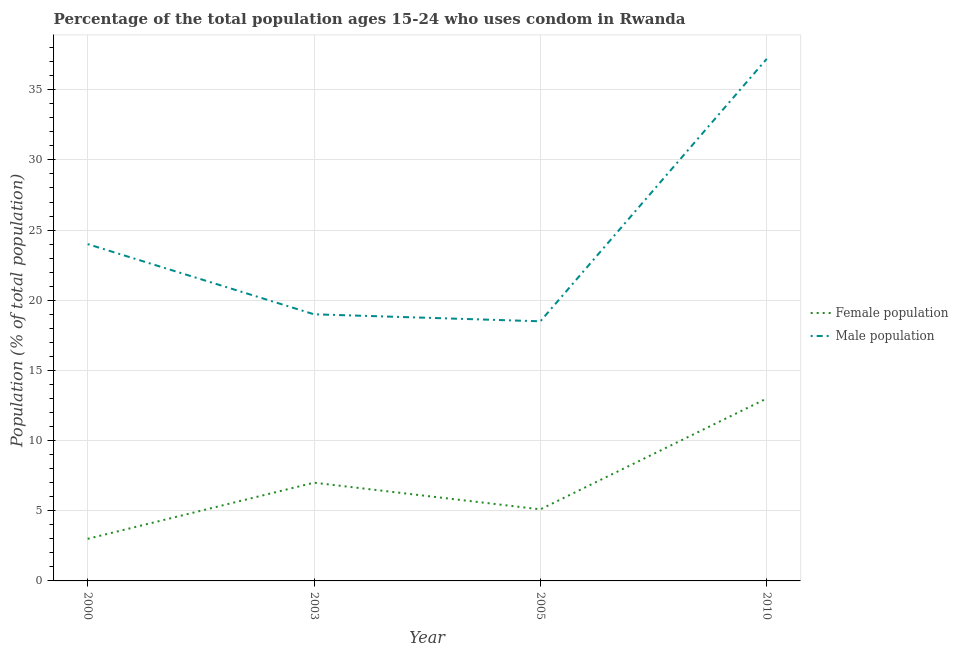
| Year | Female population | Male population |
 | --- | --- | --- |
 | 2000 | 3 | 24 |
 | 2003 | 7 | 19 |
 | 2005 | 5.1 | 18.5 |
 | 2010 | 13 | 37.2 |